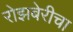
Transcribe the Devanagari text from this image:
रोझबेरीचा